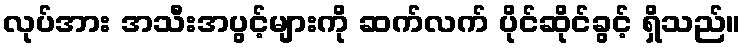
လုပ်အား အသီးအပွင့်များကို ဆက်လက် ပိုင်ဆိုင်ခွင့် ရှိသည်။